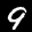
Label: 9